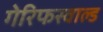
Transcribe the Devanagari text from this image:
गेरिफस्वाल्ड